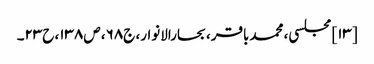
[۱۳] مجلسی، محمدباقر، بحارالانوار، ج۶۸، ص۱۳۸، ح۲۳۔